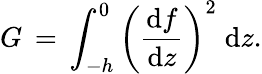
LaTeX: G\, =\, \int_{-h}^{0}\left({\frac{{\mathrm{d}}f}{{\mathrm{d}}z}}\right)^{2}\; {\mathrm{d}}z.